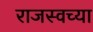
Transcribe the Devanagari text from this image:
राजस्वच्या